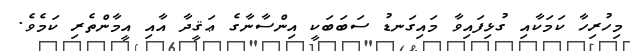
މިހުރިހާ ކަމަކާއި ގުޅިފައިވާ މައިގަނޑު ސަބަބަކީ އިންސާނާގެ ޢަޤީދާ އާއި އީމާންތެރި ކަމެވެ.